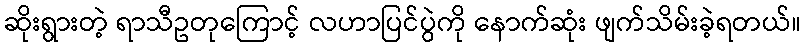
ဆိုးရွားတဲ့ ရာသီဥတုကြောင့် လဟာပြင်ပွဲကို နောက်ဆုံး ဖျက်သိမ်းခဲ့ရတယ်။